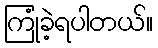
ကြုံခဲ့ရပါတယ်။